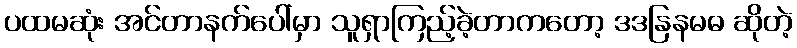
ပထမဆုံး အင်တာနက်ပေါ်မှာ သူရှာကြည့်ခဲ့တာကတော့ ဒဒနြနမဓ ဆိုတဲ့